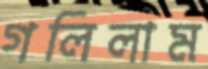
গলিলাম